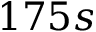
1 7 5 s